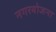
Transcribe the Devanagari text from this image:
नगरयोजना